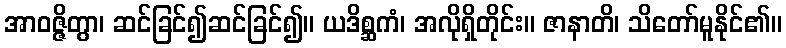
အာဝဇ္ဇိတွာ၊ ဆင်ခြင်၍ဆင်ခြင်၍။ ယဒိစ္ဆကံ၊ အလိုရှိတိုင်း။ ဇာနာတိ၊ သိတော်မူနိုင်၏။